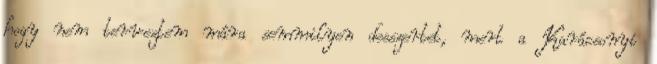
hogy nem terveztem mára semmilyen desszertet, mert a Karácsonyi